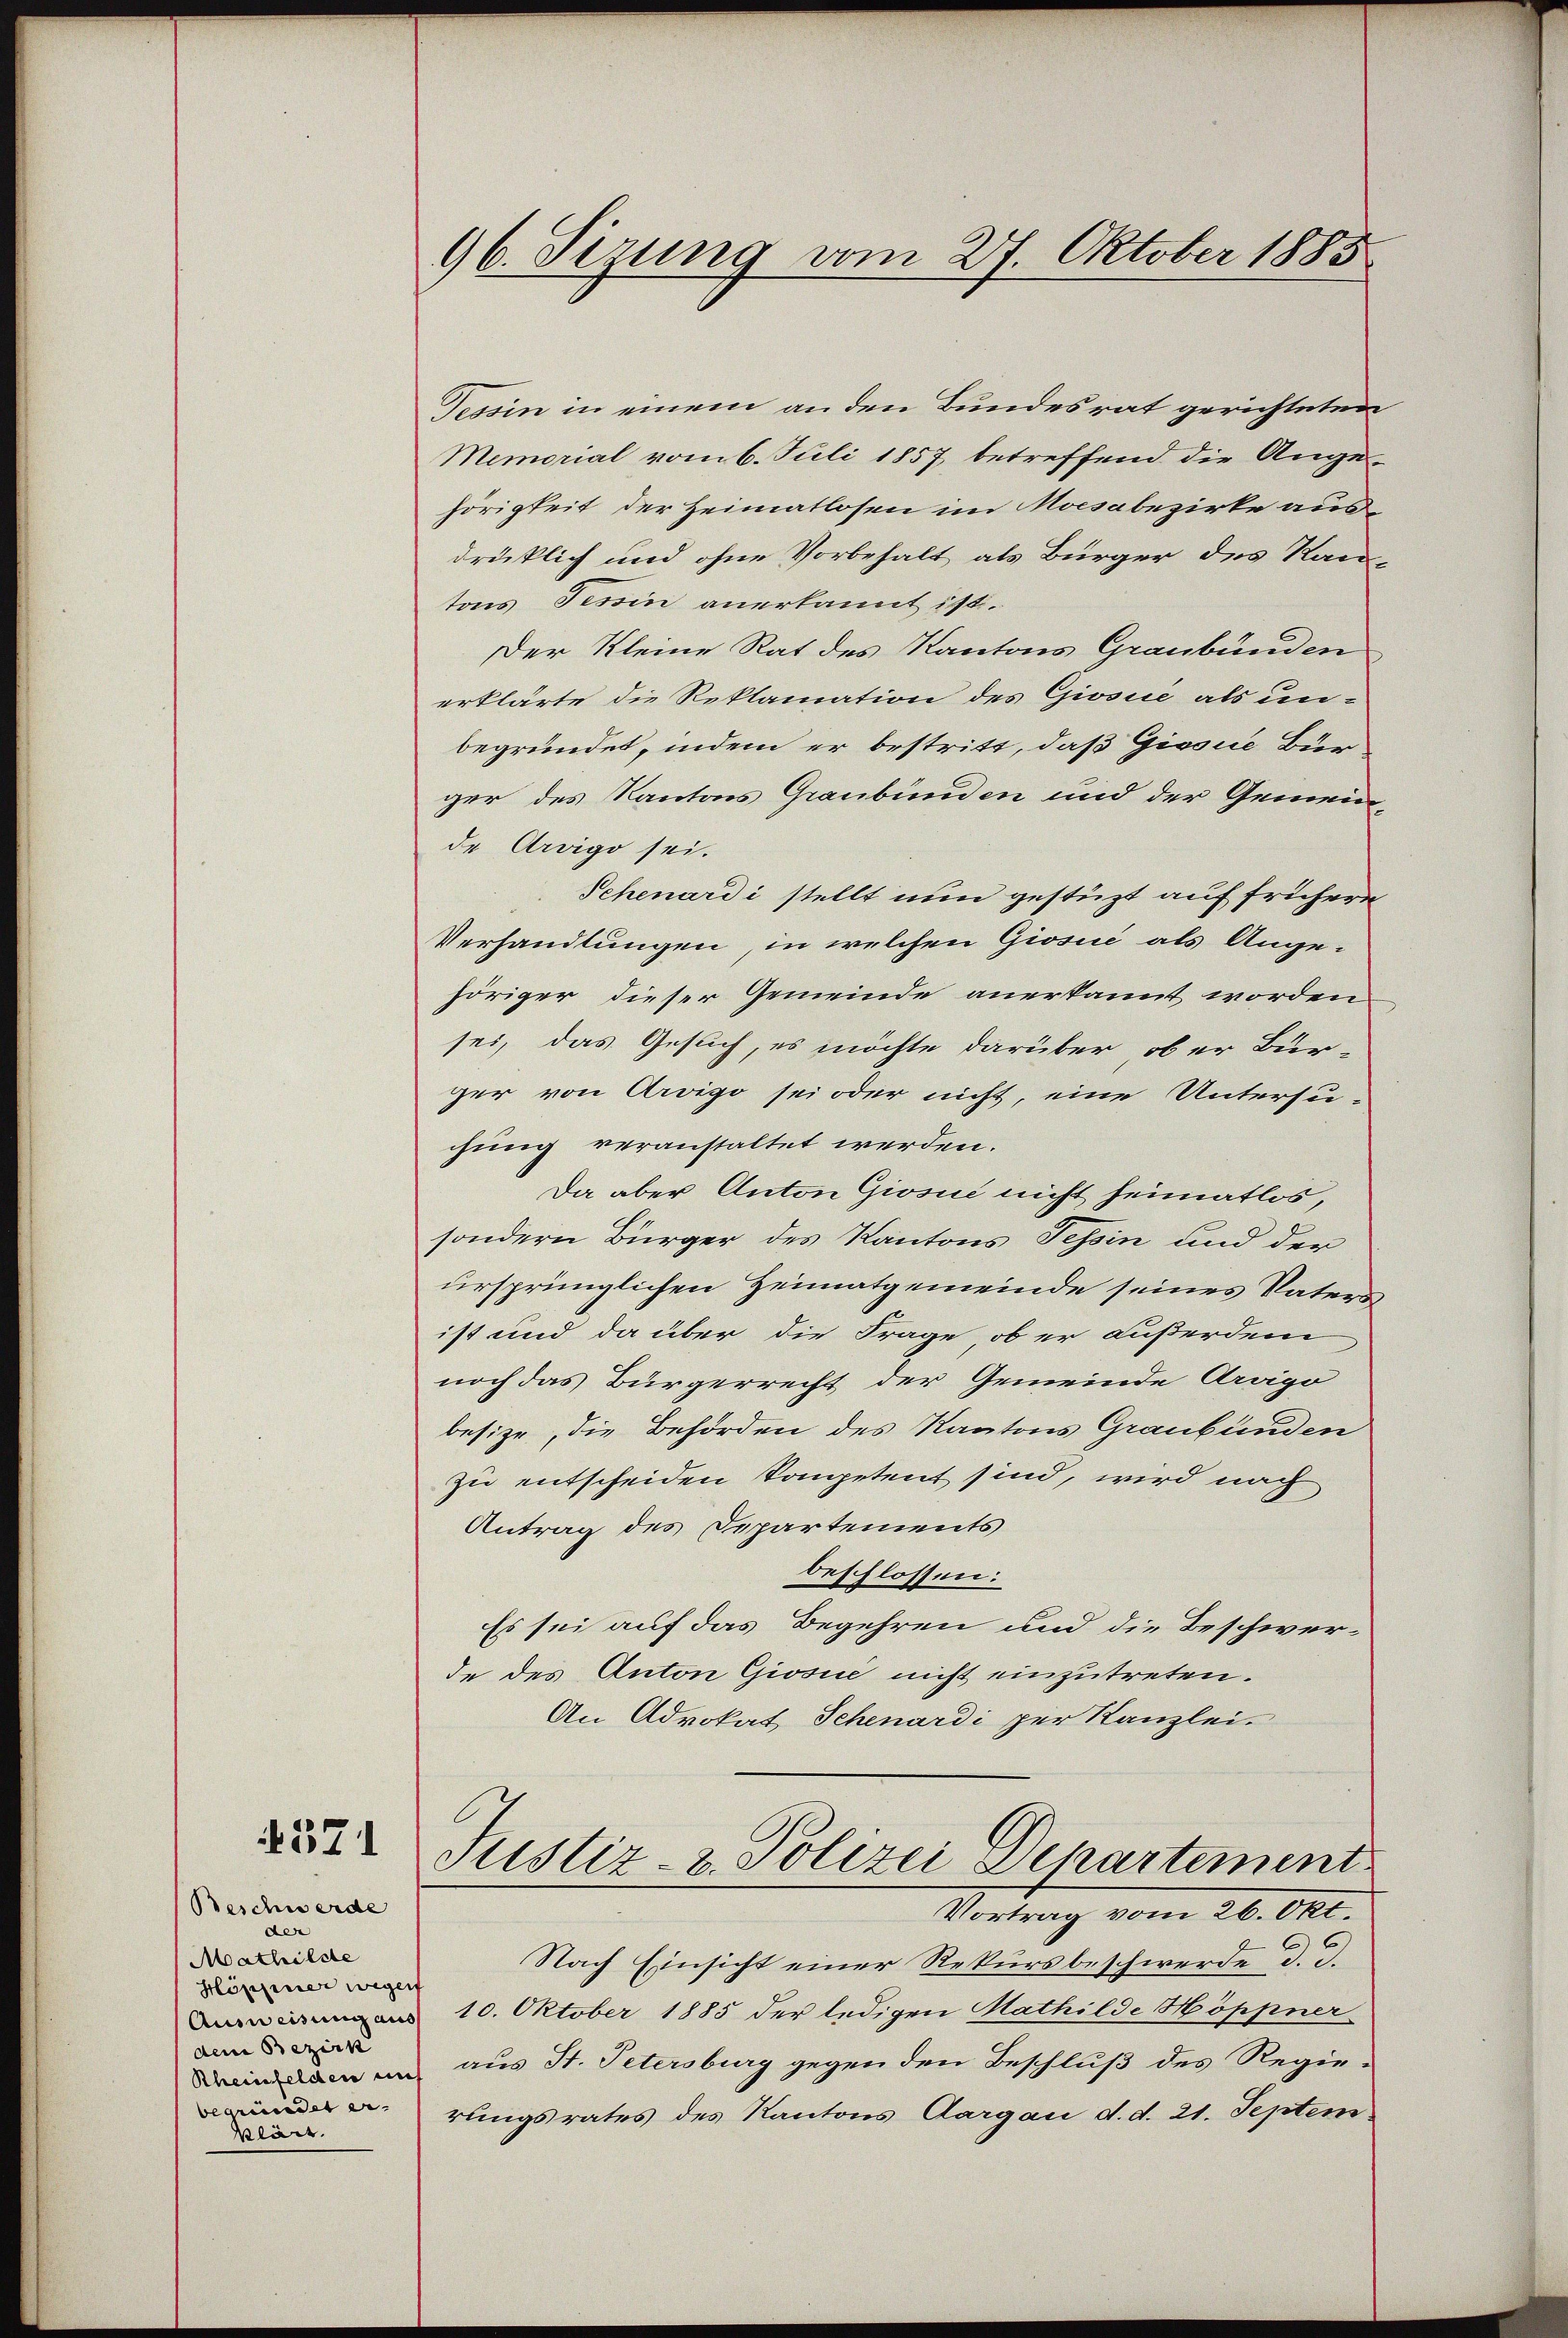
371

Beschwerde
den
Mathildte
Höppiner wegen
dem Bezirk
Blärr.

96. Sizung vom 27. Oktober 1883

Tessin in einem an den Bundesrat gerichteten
Memorial vom 6. Juli 1857 betreffend die Angehörigkeit der Heimatlosen im Moisabezirke ausdrücklich und ohne Vorbehalt als Bürger des Kan-
tons Tessin anerkannt ist.
Der Kleine Rat des Kantons Graubünden
erklärte die Reklamation des Giosie als unbegründet, indem er bestritt, daß Gissue Bürger des Kantons Graubünden und der Gemeinde Arvigo sei.
Schenardi stellt nun gestüzt auf frühere
Verhandlungen, in welchen Giosiić als Angehöriger dieser Gemeinde anerkannt worden
sei, das Gesuch, es möchte darüber ober Bur-
ger von Arvigo sei oder nicht, eine Untersu-
chung veranstaltet werden.
Da aber Anton Giosić nicht heimatlos,
sondern Bürger des Kantons Tessin und der
ursprünglichen Heimatgemeinde seines Vaters
ist und da über die Frage, ob er außerdem
noch das Bürgerrecht der Gemeinde Arago
besize, die Behörden des Kantons Graubünden
zu entscheiden kompetent sind, wird nach
Antrag des Departements
beschlossen:
Es sei auf das Begehren und die Beschwer-
de des Anton Giosii nicht einzutreten.
An Advokat Schenardi per Kanzlei.
Justiz- & Polizei Departement
Vortrag vom 26. Okt.
Nach Einsicht einer Rekursbeschwerde d. d.
 10. Oktober 1885 der ledigen Mathilde Höppner
n dem in aus St. Petersburg gegen den Beschluß des Regierungsrates des Kantons Aargau d. d. 21. Septem